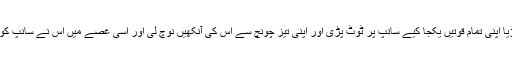
رنگین چڑیا اپنی تمام قوتیں یکجا کیے سانپ پر ٹوٹ پڑی اور اپنی تیز چونچ سے اس کی آنکھیں نوچ لی اور اسی غصے میں اس نے سانپ کو مار دیا ۔